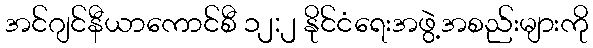
အင်ဂျင်နီယာကောင်စီ ၁၂:၂ နိုင်ငံရေးအဖွဲ့အစည်းများကို